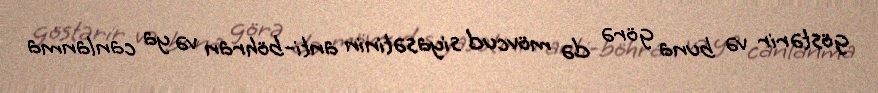
göstərir və buna görə də mövcud siyasətinin anti-böhran və ya canlanma